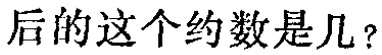
后的这个约数是几？